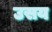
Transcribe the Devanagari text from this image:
उसय